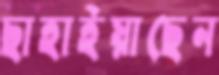
ছাহাইয়াছেন